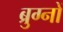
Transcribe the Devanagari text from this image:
ब्रुग्नों